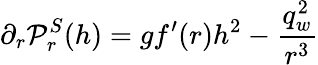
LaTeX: \partial_{r}{\cal P}_{r}^{S}(h)=gf^{\prime}(r)h^{2}-\displaystyle\frac{q_{w}^{2}}{r^{3}}